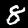
Digit: 8